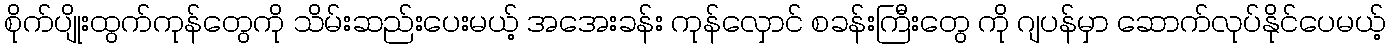
စိုက်ပျိုးထွက်ကုန်တွေကို သိမ်းဆည်းပေးမယ့် အအေးခန်း ကုန်လှောင် စခန်းကြီးတွေ ကို ဂျပန်မှာ ဆောက်လုပ်နိုင်ပေမယ့်